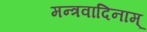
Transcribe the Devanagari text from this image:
मन्त्रवादिनाम्